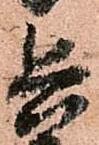
兵